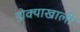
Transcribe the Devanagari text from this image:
डोक्याखाली